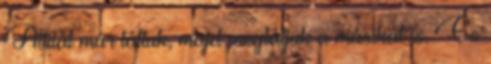
Attilát már láttuk, majd meglátjuk a másikat is. És